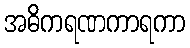
အဓိကရဏကာရကာ